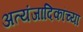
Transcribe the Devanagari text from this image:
अत्यंजादिकांच्या